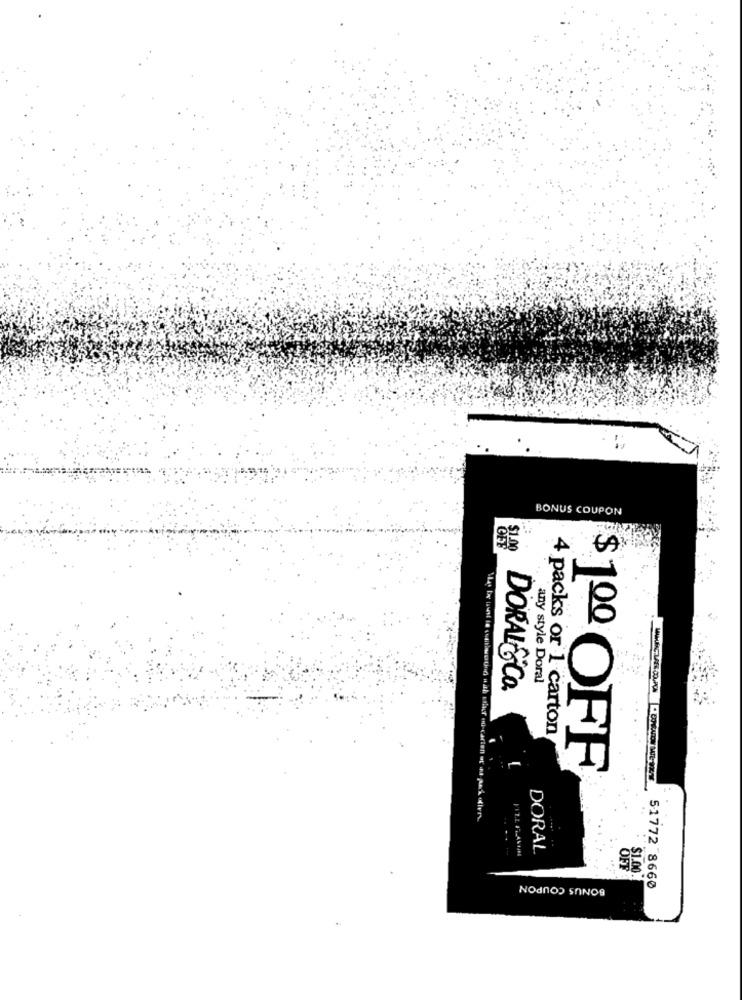
BONUS COUPON
$1.00
$
any style Doral
DORAL Co.
4 packs or 1 carton
1ºº OFF
...
DORAL
BONUS COUPON
51772 8660